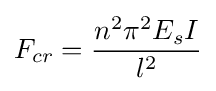
F_{cr}={\frac {n^{2}\pi ^{2}E_{s}I}{l^{2}}}